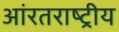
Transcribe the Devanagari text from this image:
आंरतराष्ट्रीय